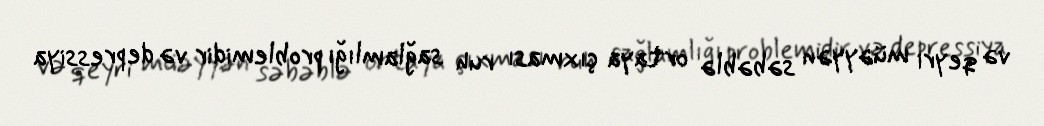
və qeyri müəyyən səbəblə ortaya çıxması ruh sağlamlığı problemidir və depressiya